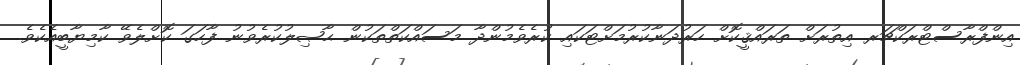
އިންފްރާސްޓްރަކްޗަރ އިތުރަށް ތަރައްޤީކޮށް ހަރުދަނާކުރުމަށްޓަކައި ކުރެވެމުންދާ މަސައްކަތްތަކުން ޙާޞިލުކުރެވުނު ފާހަގަ ކޮށްލެވޭ ކާމިޔާބީއެކެވެ.